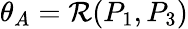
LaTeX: \theta_{A}=\mathcal{R}(P_{1},P_{3})